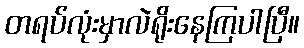
တရပ်လုံးမှာလဲရိုးနေကြပါပြီ။